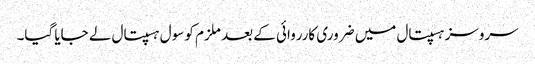
سروسز ہسپتال میں ضروری کارروائی کے بعد ملزم کو سول ہسپتال لے جایا گیا۔